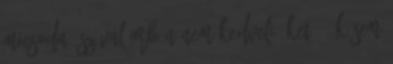
micsoda. Szóval Orbán nem kedveli őket – ők sem